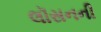
લૉસનની